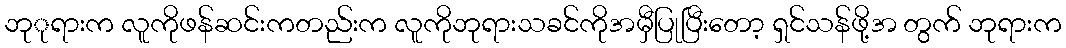
ဘုုရားက လူကိုဖန်ဆင်းကတည်းက လူကိုဘုရားသခင်ကိုအမှီပြုပြီးတော့ ရှင်သန်ဖို့အ တွက် ဘုရားက